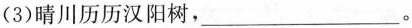
(3)晴川历历汉阳树，___。